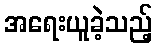
အရေးယူခဲ့သည့်